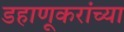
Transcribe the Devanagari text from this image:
डहाणूकरांच्या